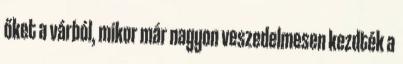
őket a várból, mikor már nagyon veszedelmesen kezdték a